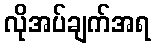
လိုအပ်ချက်အရ